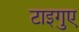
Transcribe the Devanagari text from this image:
टाइगुए